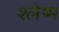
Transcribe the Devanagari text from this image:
श्‍लेष्‍म